Rangoon Lunatic Asylum 1898-1906 - 1898-1906
Year: 1898
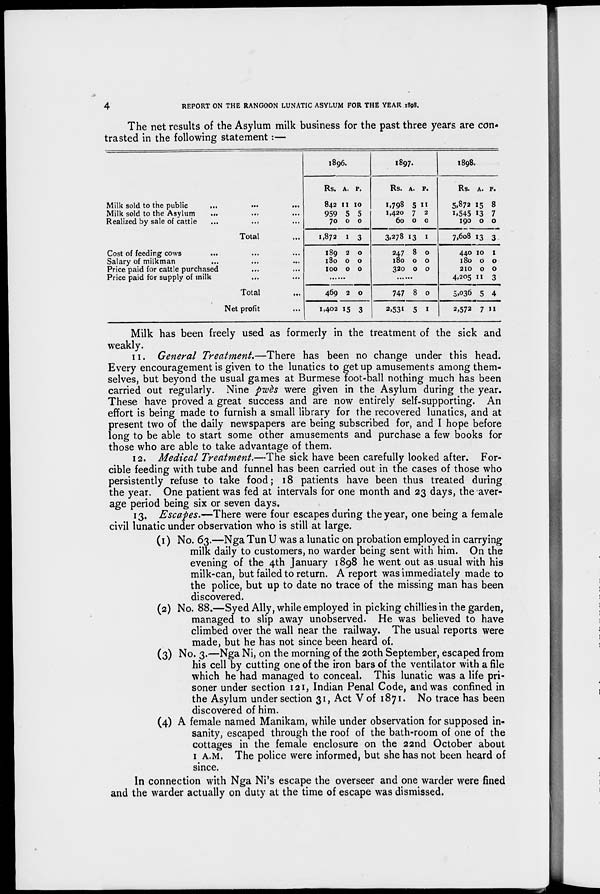
4
REPORT ON THE RANGOON LUNATIC ASYLUM FOR THE YEAR 1898.
The net results of the Asylum milk business for the past three years are con-
trasted in the following statement:—
Milk sold to the public
...
...
Milk sold to the Asylum
...
...
Realized by sale of cattle
...
...
Total ...
Cost of feeding cows ... ... ...
Salary of milkman ... ... ...
Price paid for cattle purchased ... ...
Price paid for supply of milk
...
...
Total ...
Net profit ...
1896.
Rs.
842
959
70
1,872
189
180
100
A.
11
5
0
1
2
0
0
P.
10
5
0
3
0
0
0
......
469
1,402
2
15
0
3
1897.
Rs.
1,798
1,420
60
3,278
247
180
320
A.
5
7
0
13
8
0
0
P.
11
2
0
1
0
0
0
......
747
2,531
8
5
0
1
1898.
Rs.
5,872
1,545
190
7,608
440
180
210
4,205
5,036
2,572
A.
15
13
0
13
10
0
0
11
5
7
P.
8
7
0
3
1
0
0
3
4
11
Milk has been freely used as formerly in the treatment of the sick and
weakly.
11. General Treatment.—There has been no change under this head.
Every encouragement is given to the lunatics to get up amusements among them-
selves, but beyond the usual games at Burmese foot-ball nothing much has been
carried out regularly. Nine pwès were given in the Asylum during the year.
These have proved a great success and are now entirely self-supporting. An
effort is being made to furnish a small library for the recovered lunatics, and at
present two of the daily newspapers are being subscribed for, and I hope before
long to be able to start some other amusements and purchase a few books for
those who are able to take advantage of them.
12. Medical Treatment.—The sick have been carefully looked after. For-
cible feeding with tube and funnel has been carried out in the cases of those who
persistently refuse to take food; 18 patients have been thus treated during
the year. One patient was fed at intervals for one month and 23 days, the aver-
age period being six or seven days.
13. Escapes.—There were four escapes during the year, one being a female
civil lunatic under observation who is still at large.
(1) No. 63.—Nga Tun U was a lunatic on probation employed in carrying
milk daily to customers, no warder being sent with him. On the
evening of the 4th January 1898 he went out as usual with his
milk-can, but failed to return. A report was immediately made to
the police, but up to date no trace of the missing man has been
discovered.
(2) No. 88.—Syed Ally, while employed in picking chillies in the garden,
managed to slip away unobserved. He was believed to have
climbed over the wall near the railway. The usual reports were
made, but he has not since been heard of.
(3) No. 3.—Nga Ni, on the morning of the 20th September, escaped from
his cell by cutting one of the iron bars of the ventilator with a file
which he had managed to conceal. This lunatic was a life pri-
soner under section 121, Indian Penal Code, and was confined in
the Asylum under section 31, Act V of 1871. No trace has been
discovered of him.
(4) A female named Manikam, while under observation for supposed in-
sanity, escaped through the roof of the bath-room of one of the
cottages in the female enclosure on the 22nd October about
I A.M. The police were informed, but she has not been heard of
since.
In connection with Nga Ni's escape the overseer and one warder were fined
and the warder actually on duty at the time of escape was dismissed.